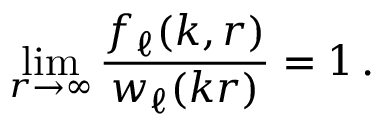
\operatorname * { l i m } _ { r \to \infty } \frac { f _ { \ell } ( k , r ) } { w _ { \ell } ( k r ) } = 1 \, .